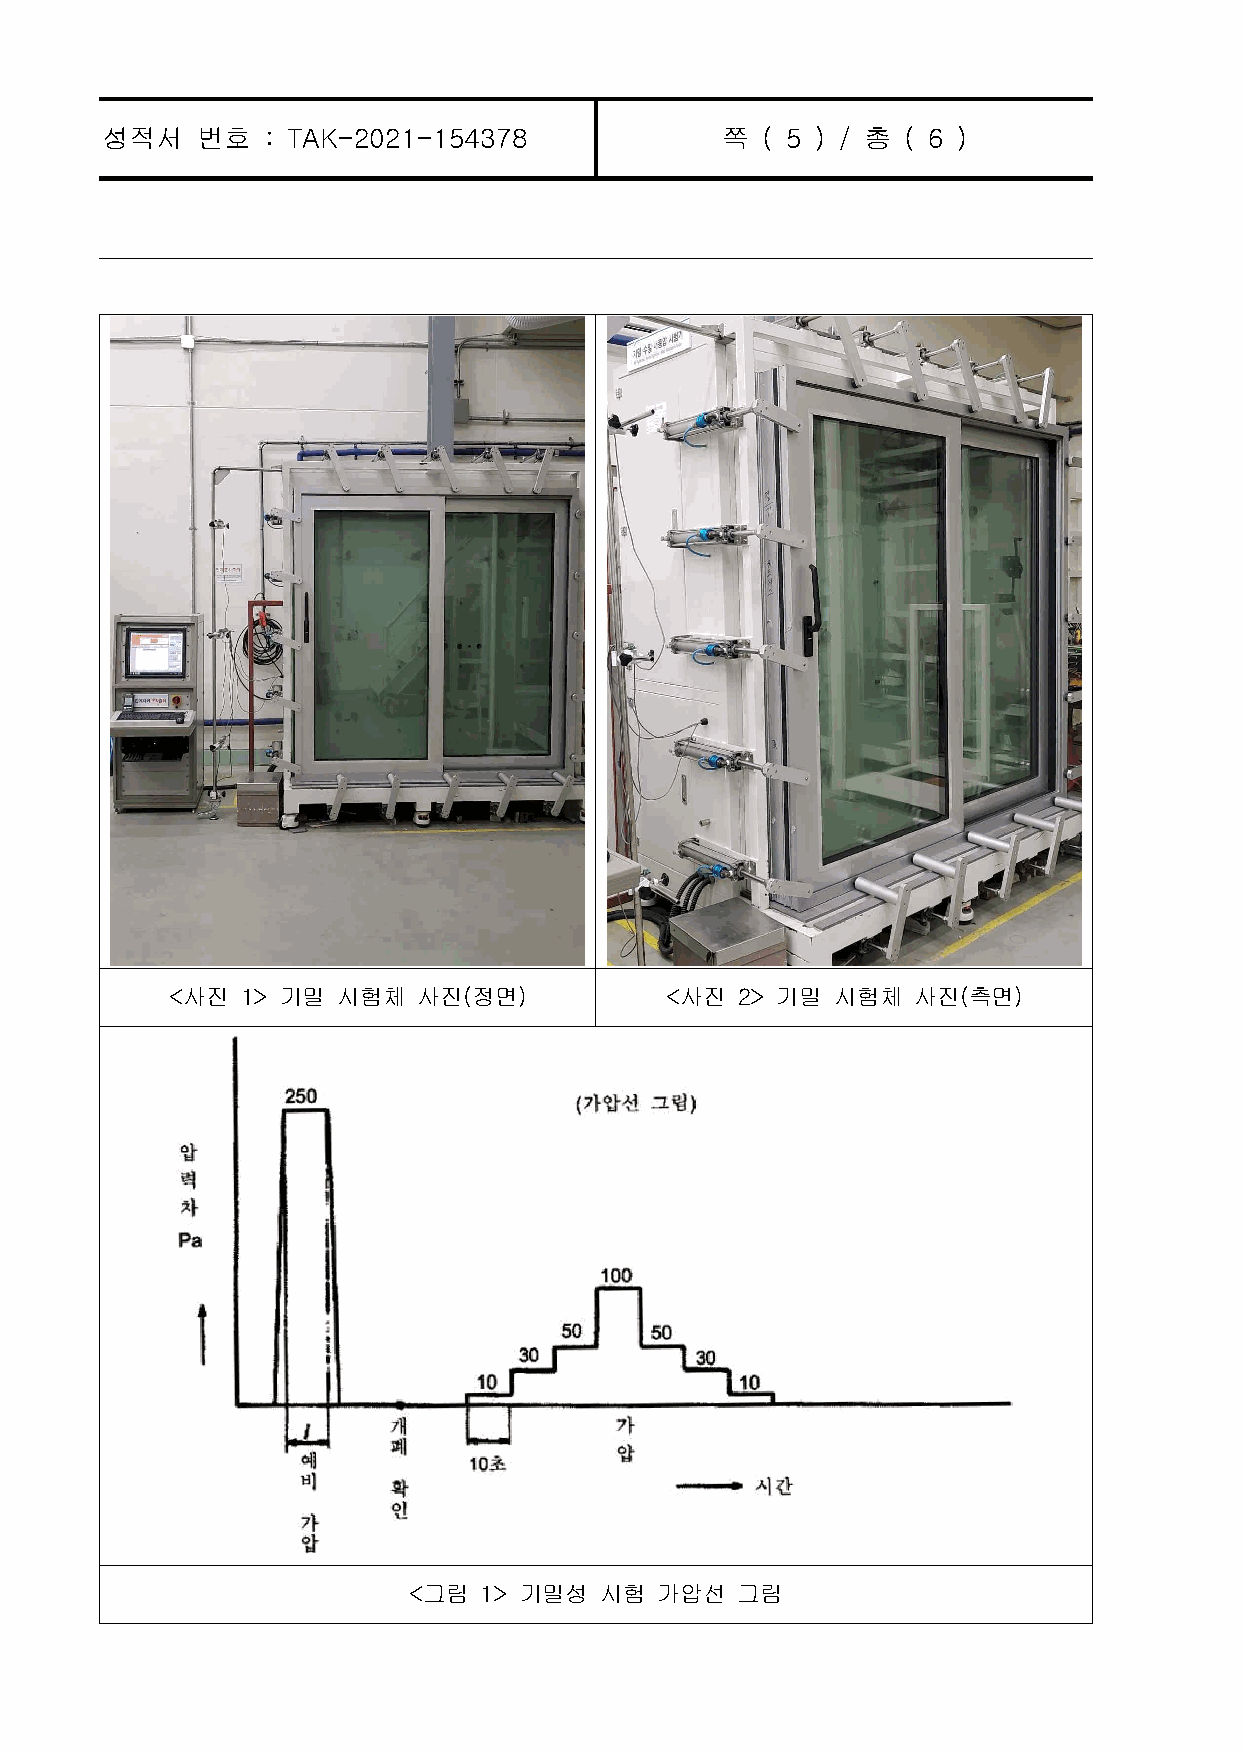
성적서   번호   : TAK-2021-154378             쪽 ( 5 ) / 총 ( 6 )
 <사진  1> 기밀 시험체   사진(정면)          <사진  2> 기밀 시험체   사진(측면)
 <그림  1> 기밀성  시험 가압선   그림